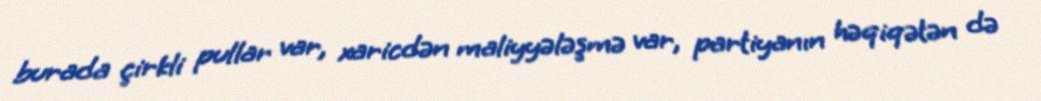
burada çirkli pullar var, xaricdən maliyyələşmə var, partiyanın həqiqətən də